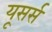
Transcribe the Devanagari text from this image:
यूसर्स